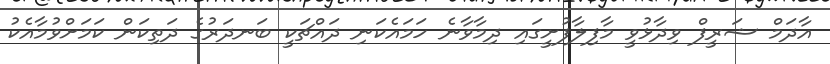
އާދަމް ޝަރީފް ވިދާޅުވީ މާފިލާފުށީގައި ދިމާވާނެ ހަމައެކަނި ދައްޗަކީ ބަނދަރުގެ ދަތިކަން ކަމަށްވުމާއެކު